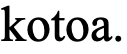
kotoa.